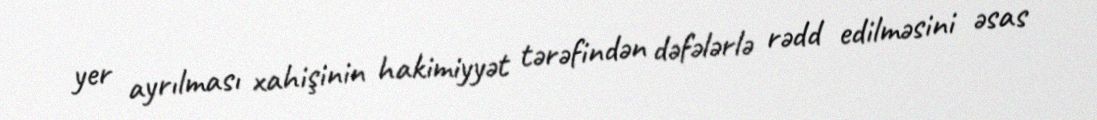
yer ayrılması xahişinin hakimiyyət tərəfindən dəfələrlə rədd edilməsini əsas